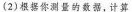
(2)根据你测量的数据，计算